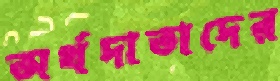
অর্থদাতাদের